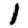
Digit: 1